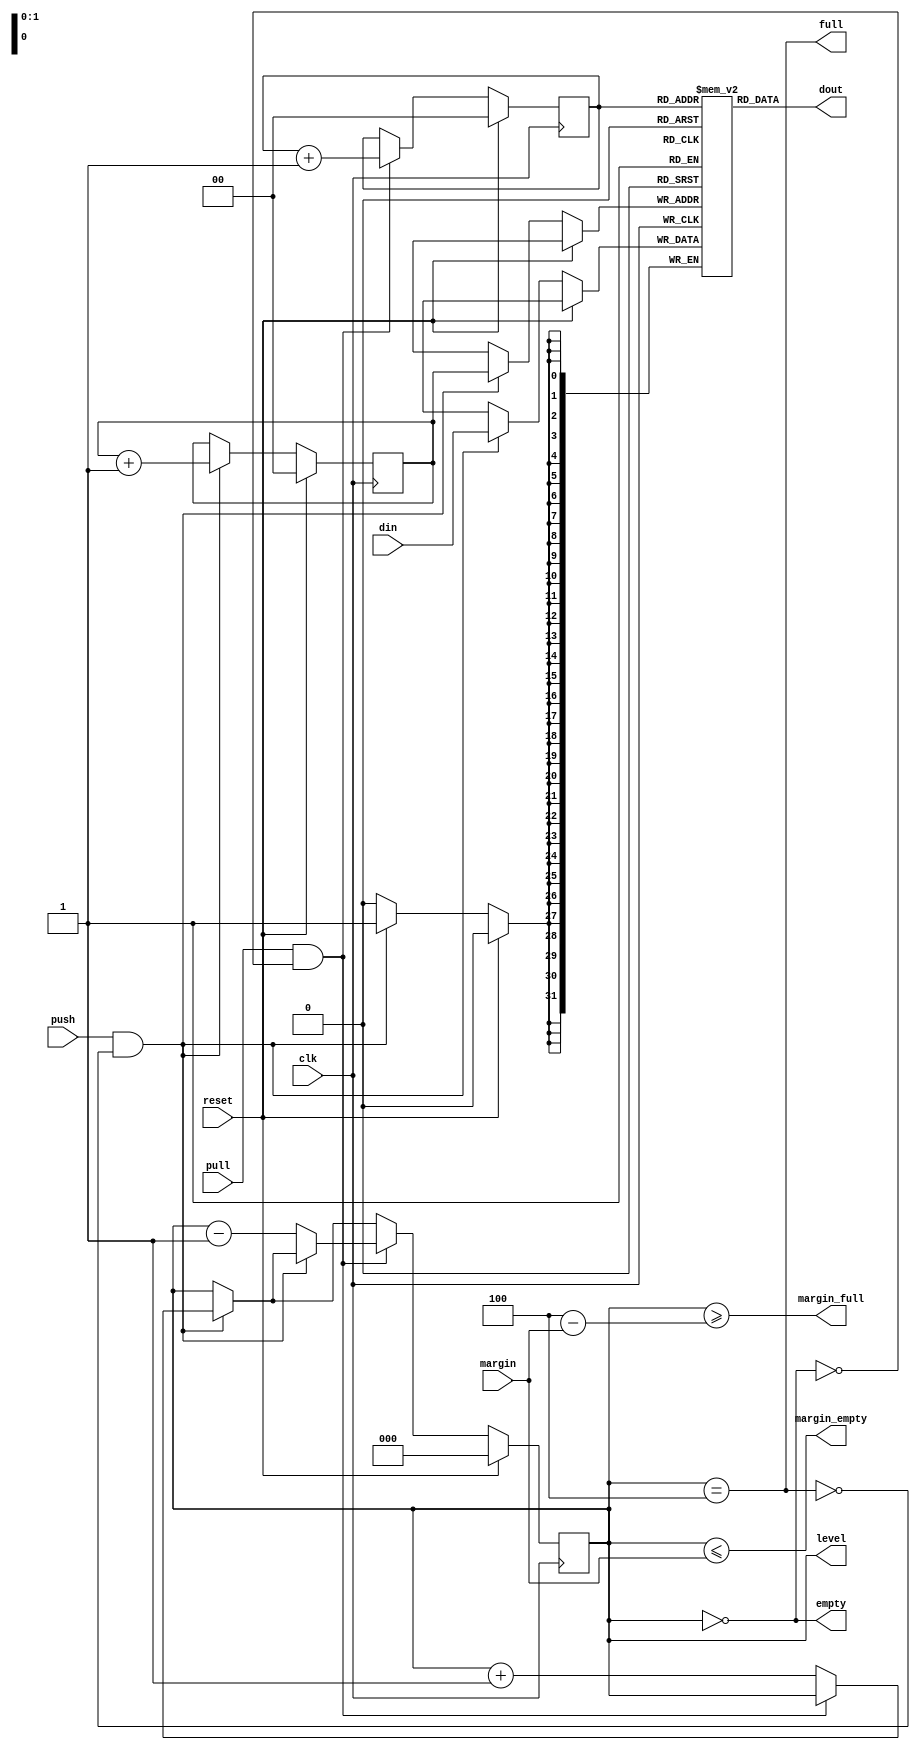
// SPDX-FileCopyrightText: 2022 Lawrie Griffiths
// SPDX-License-Identifier: BSD-2-Clause

// `default_nettype none
module pio_fifo (
  input             clk,
  input             reset,
  input             push,
  input             pull,
  input [31:0]      din,
  input [1:0]       margin,
  output [31:0]     dout,
  output            empty,
  output            full,
  output            margin_empty,
  output            margin_full,
  output [2:0]      level
);

  reg [31:0] arr [0:3];
  reg [1:0]  first;
  reg [1:0]  next;
  reg [2:0]  count;

  wire do_pull = pull && !empty;
  wire do_push = push && !full;

  always @(posedge clk) begin
    if (reset) begin
      first <= 0;
      next <= 0;
      count <= 0;
    end else begin
      if (do_push) begin
        next <= next + 1;
        arr[next] <= din;
        if (!do_pull) count <= count + 1;
      end
      if (do_pull) begin
        first <= first + 1;
        if (!do_push) count <= count - 1;
      end
    end
  end

  assign empty = count == 0;
  assign margin_empty = (count <= {1'd0, margin});
  assign full = count == 4;
  assign margin_full = (count >= (3'd4 - {1'd0, margin}));
  assign dout = arr[first];
  assign level = count;

endmodule